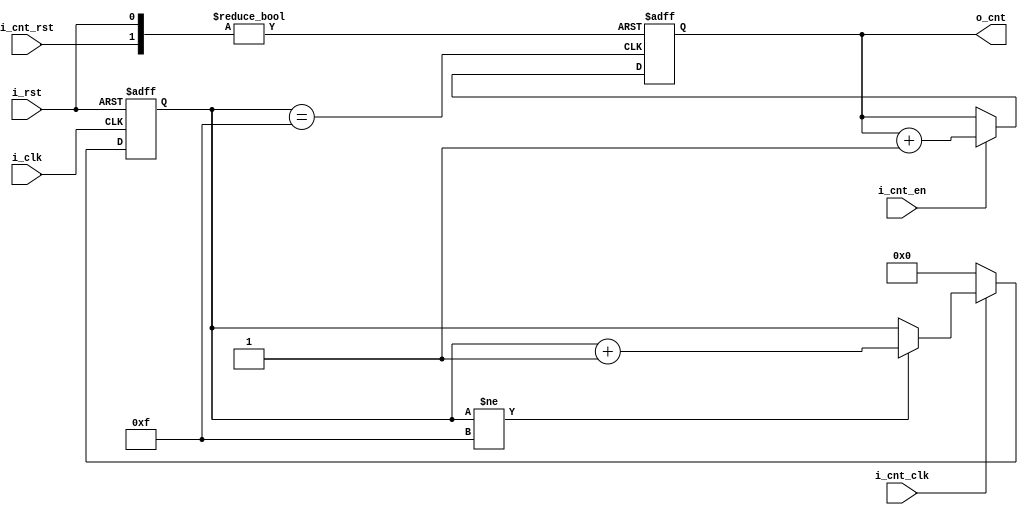
module counter
#( parameter CNT_WIDTH = 8 )
( input  wire                   i_clk,
  input  wire                   i_rst,
  input  wire                   i_cnt_en,
  input  wire                   i_cnt_clk,
  input  wire                   i_cnt_rst,
  output wire [CNT_WIDTH - 1:0] o_cnt         );
//____________________________________________________________________________//
localparam ACTIVE_CNT_WIDTH = 4;
//____________________________________________________________________________//
reg   [ACTIVE_CNT_WIDTH - 1:0]  act_cnt;
reg          [CNT_WIDTH - 1:0]  cnt;
//____________________________________________________________________________//
wire cnt_inc;
//____________________________________________________________________________//
assign o_cnt   = cnt;
assign cnt_inc = ( act_cnt == {ACTIVE_CNT_WIDTH{1'b1}} );
//____________________________________________________________________________//
always @( posedge i_clk or posedge i_rst ) begin : s_act_lvl_counter
  if( i_rst ) begin
    act_cnt <= {ACTIVE_CNT_WIDTH{1'b0}};
  end
  else if( i_cnt_clk ) begin
    if( act_cnt != {ACTIVE_CNT_WIDTH{1'b1}} ) begin
      act_cnt <= act_cnt + 1'b1;
    end
  end else begin
    act_cnt <= {ACTIVE_CNT_WIDTH{1'b0}};
  end
end
always @( posedge cnt_inc or posedge i_rst or posedge i_cnt_rst ) begin:cnt_incr
  if( i_rst ) begin
    cnt <= { CNT_WIDTH{1'b0} };
  end
  else if( i_cnt_rst ) begin
    cnt <= { CNT_WIDTH{1'b0} };
  end else begin
    if( i_cnt_en ) begin
      cnt <= cnt + 1'b1;
    end  
  end  
end
endmodule